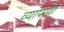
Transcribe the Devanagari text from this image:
व्यापावी